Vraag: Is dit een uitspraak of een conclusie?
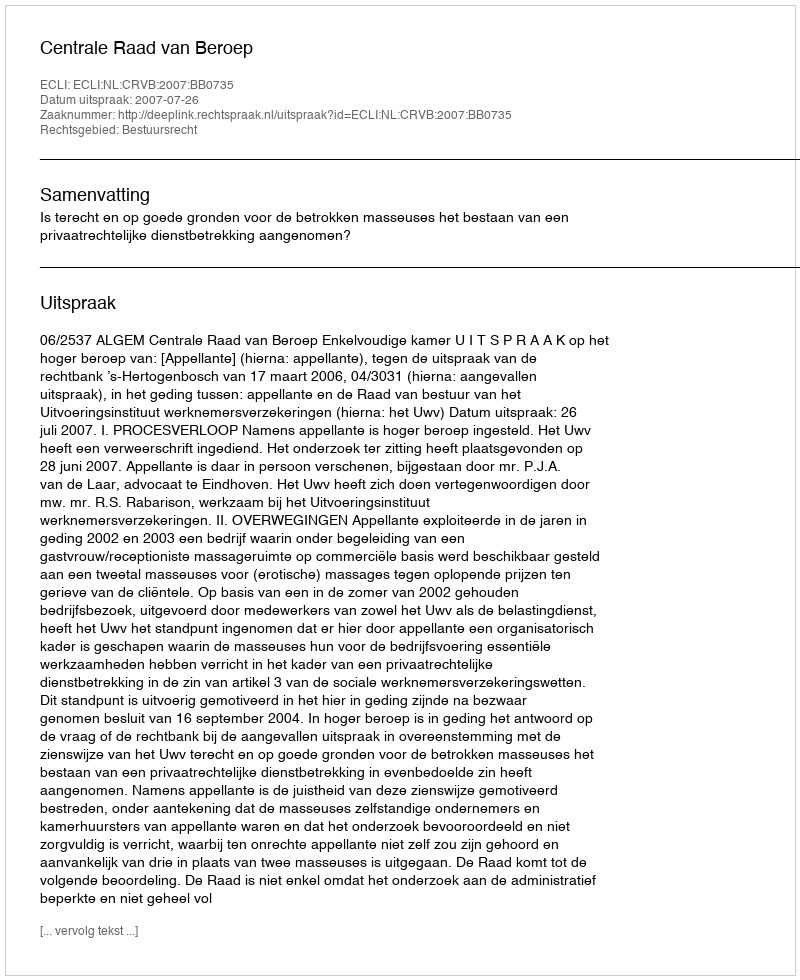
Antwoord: Uitspraak